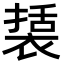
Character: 𮖔